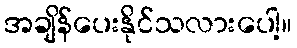
အချိန်ပေးနိုင်သလားပေါ့။